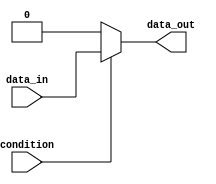
module if_else_statement (
    input wire condition,
    input wire data_in,
    output reg data_out
);

always @* begin
    if (condition) begin
        // code block to be executed if condition is true
        data_out = data_in;
    end
    else begin
        // code block to be executed if condition is false
        data_out = 0;
    end
end

endmodule